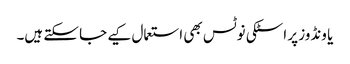
یا ونڈوز پر اسٹکی نوٹس بھی استعمال کیے جا سکتے ہیں۔